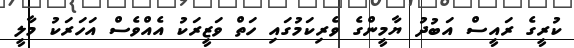
ކުރީގެ ރައީސް އަބުދު ޔާމީންގެ ވެރިކަމުގައި ހަތް ވަޒީރަކު އެއްވެސް އަހަރަކު މާލީ